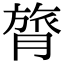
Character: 膂